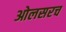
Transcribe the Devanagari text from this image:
ओलसरच